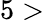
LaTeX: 5>